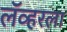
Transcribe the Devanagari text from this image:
लॅव्हरला